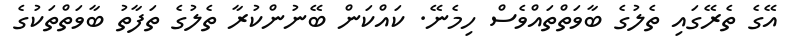
އޭގެ ތެރޭގައި ތެލުގެ ބާވަތްތައްވެސް ހިމެނޭ. ކައްކަން ބޭނުންކުރާ ތެލުގެ ތަފާތު ބާވަތްތަކުގެ